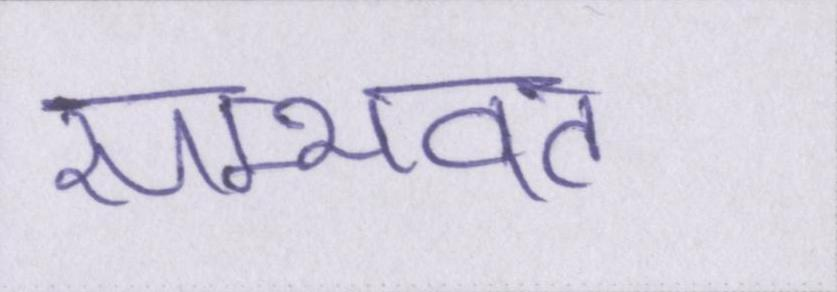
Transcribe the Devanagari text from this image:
सम्भवत